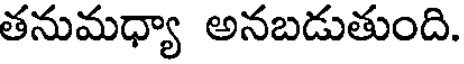
తనుమధ్యా అనబడుతుంది.